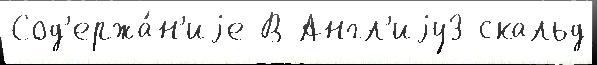
Сод'ержа́н'иjе В Англ'иjу3 скальд